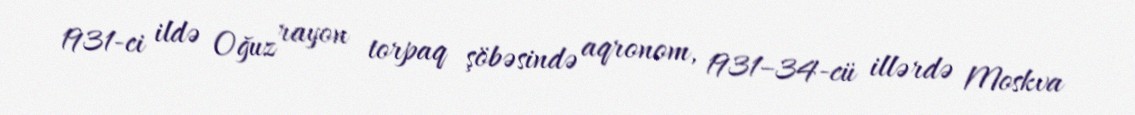
1931-ci ildə Oğuz rayon torpaq şöbəsində aqronom, 1931–34-cü illərdə Moskva